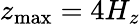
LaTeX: z_{\mathrm{max}}=4H_{z}